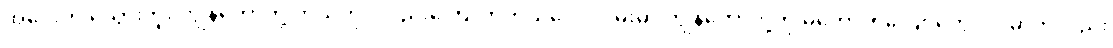
အဝေးကို မသွားဘူး ကျွန်တော်တို့ ကိုယ်တိုင်လည်းကြောက်တယ်လေ လမ်းမှာ ကျွန်တော်တို့ကို မတော်တလျောတွေလုပ်မှာကိုလည်း